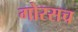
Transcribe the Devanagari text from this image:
गोरसच